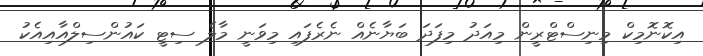
އިކޮނޮމިކް މިނިސްޓްރީން މިއަދު މިފަދަ ބަޔާނެއް ނެރެފައި މިވަނީ މާލެ ސިޓީ ކައުންސިލްއާއިއެކު